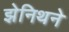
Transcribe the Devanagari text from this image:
झेनिथने